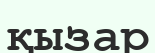
қызар